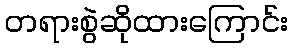
တရားစွဲဆိုထားကြောင်း